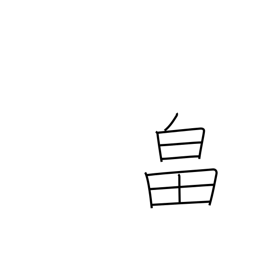
Meaning: farm